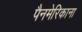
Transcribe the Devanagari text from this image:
पैनमेरिकाना